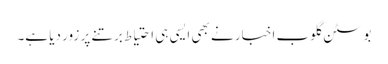
بوسٹن گلوب اخبار نے بھی ایسی ہی احتیاط برتنے پر زور دیا ہے۔